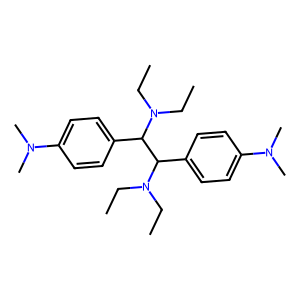
SMILES: CCN(CC)C(c1ccc(N(C)C)cc1)C(c1ccc(N(C)C)cc1)N(CC)CC
Inhibits HIV replication: No